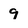
Character: 9